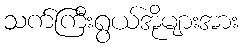
သက်ကြီးရွယ်အိုများအား